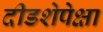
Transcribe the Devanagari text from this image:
दीडशेपेक्षा